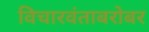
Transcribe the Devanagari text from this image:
विचारवंताबरोबर